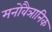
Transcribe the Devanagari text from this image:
मनोवैञानिक